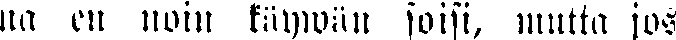
na en noin käywän soisi, mutta jos